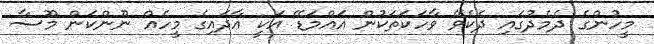
މީހުންގެ ދެމެދުގައި ދެކެވޭ ވާހަކަތަކުން އައްމަޑޭ އަކީ އާދައިގެ މީހެއް ނޫންކަން މޫސާ